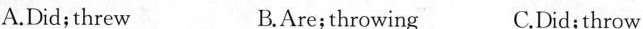
A.Did;threw B.Are;throwing C.Did;throw